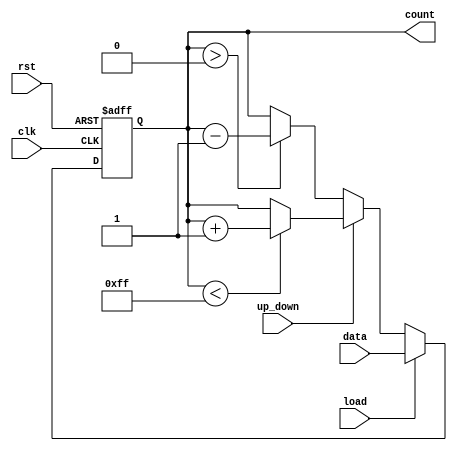
module LoadableCounter (
    input wire clk,           // Clock signal
    input wire rst,           // Asynchronous reset
    input wire load,          // Load control signal
    input wire [N-1:0] data,  // Load value
    input wire up_down,       // Count direction (1 for up, 0 for down)
    output reg [N-1:0] count  // Counter value
);
    
    parameter N = 8;          // Define the size of the counter (number of bits)
    localparam MAX_COUNT = (1 << N) - 1; // Maximum count value for N bits

    always @(posedge clk or posedge rst) begin
        if (rst) begin
            count <= 0;       // Reset count to 0
        end else if (load) begin
            count <= data;    // Load new value into counter
        end else begin
            if (up_down) begin
                if (count < MAX_COUNT) begin
                    count <= count + 1; // Increment count
                end
                // Optionally handle overflow here: wrap around or stay at MAX_COUNT
            end else begin
                if (count > 0) begin
                    count <= count - 1; // Decrement count
                end
                // Optionally handle underflow here: wrap around or stay at 0
            end
        end
    end

endmodule